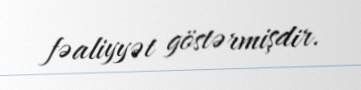
fəaliyyət göstərmişdir.